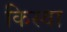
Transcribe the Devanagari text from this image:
किस्वा